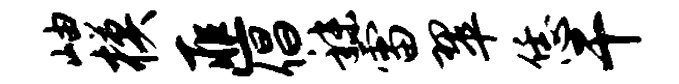
岫模匪倡秣雷翠恁干